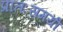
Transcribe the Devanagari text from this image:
प्रातःसमयी